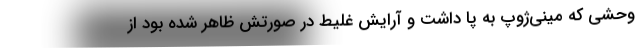
وحشی که مینی‌ژوپ به پا داشت و آرایش غلیط در صورتش ظاهر شده بود از